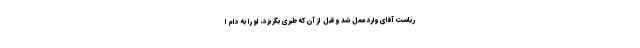
ریاست آقای وارد عمل شد و قبل از آن که طبری بگریزد، او را به دام ا